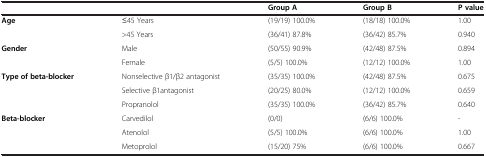
<table><thead><tr><td colspan="2"><b> </b></td><td><b>Group A</b></td><td><b>Group B</b></td><td><b>P value</b></td></tr></thead><tbody><tr><td rowspan="2"><b>Age</b></td><td>≤45 Years</td><td>(19/19) 100.0%</td><td>(18/18) 100.0%</td><td>1.00</td></tr><tr><td>&gt;45 Years</td><td>(36/41) 87.8%</td><td>(36/42) 85.7%</td><td>0.940</td></tr><tr><td rowspan="2"><b>Gender</b></td><td>Male</td><td>(50/55) 90.9%</td><td>(42/48) 87.5%</td><td>0.894</td></tr><tr><td>Female</td><td>(5/5) 100.0%</td><td>(12/12) 100.0%</td><td>1.00</td></tr><tr><td rowspan="2"><b>Type of beta-blocker</b></td><td>Nonselective β1/β2 antagonist</td><td>(35/35) 100.0%</td><td>(42/48) 87.5%</td><td>0.675</td></tr><tr><td>Selective β1antagonist</td><td>(20/25) 80.0%</td><td>(12/12) 100.0%</td><td>0.659</td></tr><tr><td> </td><td>Propranolol</td><td>(35/35) 100.0%</td><td>(36/42) 85.7%</td><td>0.640</td></tr><tr><td><b>Beta-blocker</b></td><td>Carvedilol</td><td>(0/0)</td><td>(6/6) 100.0%</td><td>-</td></tr><tr><td> </td><td>Atenolol</td><td>(5/5) 100.0%</td><td>(6/6) 100.0%</td><td>1.00</td></tr><tr><td> </td><td>Metoprolol</td><td>(15/20) 75%</td><td>(6/6) 100.0%</td><td>0.667</td></tr></tbody></table>